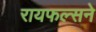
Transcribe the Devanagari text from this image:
रायफल्सने